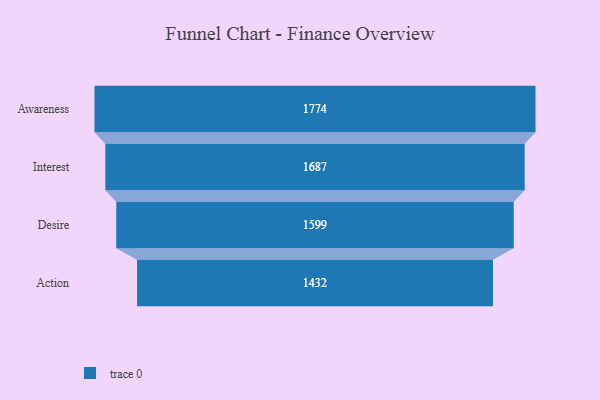
{"axis": {"x": "Stage", "y": "Value"}, "legend": [""], "data": [{"x": "Awareness", "y": 1774.0, "type": ""}, {"x": "Interest", "y": 1687.0, "type": ""}, {"x": "Desire", "y": 1599.0, "type": ""}, {"x": "Action", "y": 1432.0, "type": ""}]}